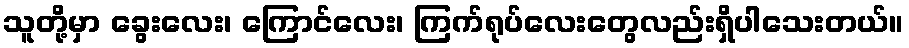
သူတို့မှာ ခွေးလေး၊ ကြောင်လေး၊ ကြက်ရုပ်လေးတွေလည်းရှိပါသေးတယ်။